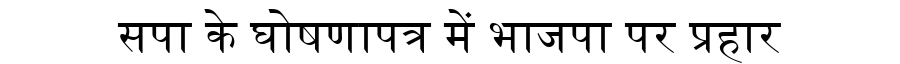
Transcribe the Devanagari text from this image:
सपा के घोषणापत्र में भाजपा पर प्रहार